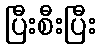
ပြီးစီးပြီး